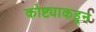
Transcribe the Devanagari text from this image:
कोष्ट्याकडून